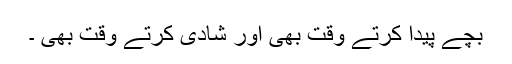
بچے پیدا کرتے وقت بھی اور شادی کرتے وقت بھی ۔